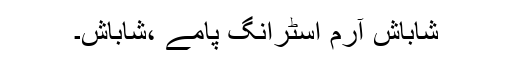
شاباش آرم اسٹرانگ پامے ،شاباش۔